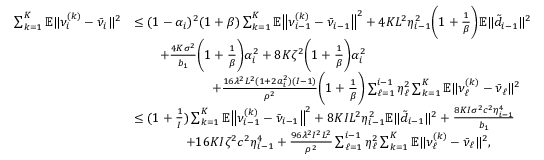
\begin{array} { r l } { \sum _ { k = 1 } ^ { K } \mathbb { E } \| \nu _ { i } ^ { ( k ) } - \bar { \nu } _ { i } \| ^ { 2 } } & { \leq ( 1 - \alpha _ { i } ) ^ { 2 } ( 1 + \beta ) \sum _ { k = 1 } ^ { K } \mathbb { E } \big \| \nu _ { i - 1 } ^ { ( k ) } - \bar { \nu } _ { i - 1 } \big \| ^ { 2 } + 4 K L ^ { 2 } \eta _ { i - 1 } ^ { 2 } \bigg ( 1 + \frac { 1 } { \beta } \bigg ) \mathbb { E } \| \tilde { d } _ { i - 1 } \| ^ { 2 } } \\ & { \qquad + \frac { 4 K \sigma ^ { 2 } } { b _ { 1 } } \bigg ( 1 + \frac { 1 } { \beta } \bigg ) \alpha _ { i } ^ { 2 } + 8 K \zeta ^ { 2 } \bigg ( 1 + \frac { 1 } { \beta } \bigg ) \alpha _ { i } ^ { 2 } } \\ & { \qquad \qquad \qquad + \frac { 1 6 \lambda ^ { 2 } L ^ { 2 } ( 1 + 2 a _ { i } ^ { 2 } ) ( I - 1 ) } { \rho ^ { 2 } } \bigg ( 1 + \frac { 1 } { \beta } \bigg ) \sum _ { \ell = 1 } ^ { i - 1 } \eta _ { \ell } ^ { 2 } \sum _ { k = 1 } ^ { K } \mathbb { E } \| \nu _ { \ell } ^ { ( k ) } - \bar { \nu } _ { \ell } \| ^ { 2 } } \\ & { \leq ( 1 + \frac { 1 } { I } ) \sum _ { k = 1 } ^ { K } \mathbb { E } \big \| \nu _ { i - 1 } ^ { ( k ) } - \bar { \nu } _ { i - 1 } \big \| ^ { 2 } + 8 K I L ^ { 2 } \eta _ { i - 1 } ^ { 2 } \mathbb { E } \| \tilde { d } _ { i - 1 } \| ^ { 2 } + \frac { 8 K I \sigma ^ { 2 } c ^ { 2 } \eta _ { i - 1 } ^ { 4 } } { b _ { 1 } } } \\ & { \qquad \qquad + 1 6 K I \zeta ^ { 2 } c ^ { 2 } \eta _ { i - 1 } ^ { 4 } + \frac { 9 6 \lambda ^ { 2 } I ^ { 2 } L ^ { 2 } } { \rho ^ { 2 } } \sum _ { \ell = 1 } ^ { i - 1 } \eta _ { \ell } ^ { 2 } \sum _ { k = 1 } ^ { K } \mathbb { E } \| \nu _ { \ell } ^ { ( k ) } - \bar { \nu } _ { \ell } \| ^ { 2 } , } \end{array}